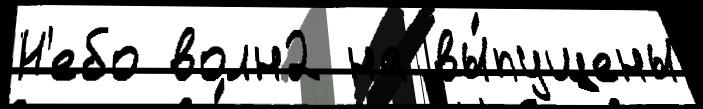
Н'ебо волн2 на вы́пущены